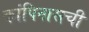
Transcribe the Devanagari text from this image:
कांपिनासची